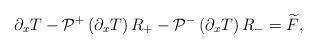
LaTeX: \begin{align*}\partial_x T-\mathcal{P}^+\left(\partial_x T\right) R_+-\mathcal{P}^-\left(\partial_x T\right) R_-=\widetilde{F},\end{align*}